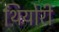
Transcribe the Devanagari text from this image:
थियोरी